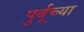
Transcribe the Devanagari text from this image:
पुर्वूच्या